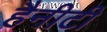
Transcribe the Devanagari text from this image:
हैनीटी